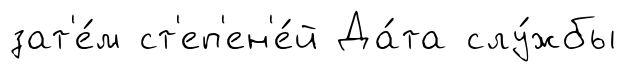
зат'е́м ст'еп'ен'е́й Да́та слу́жбы